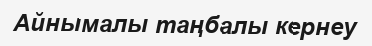
Айнымалы таңбалы кернеу